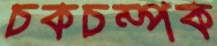
চকচম্পক